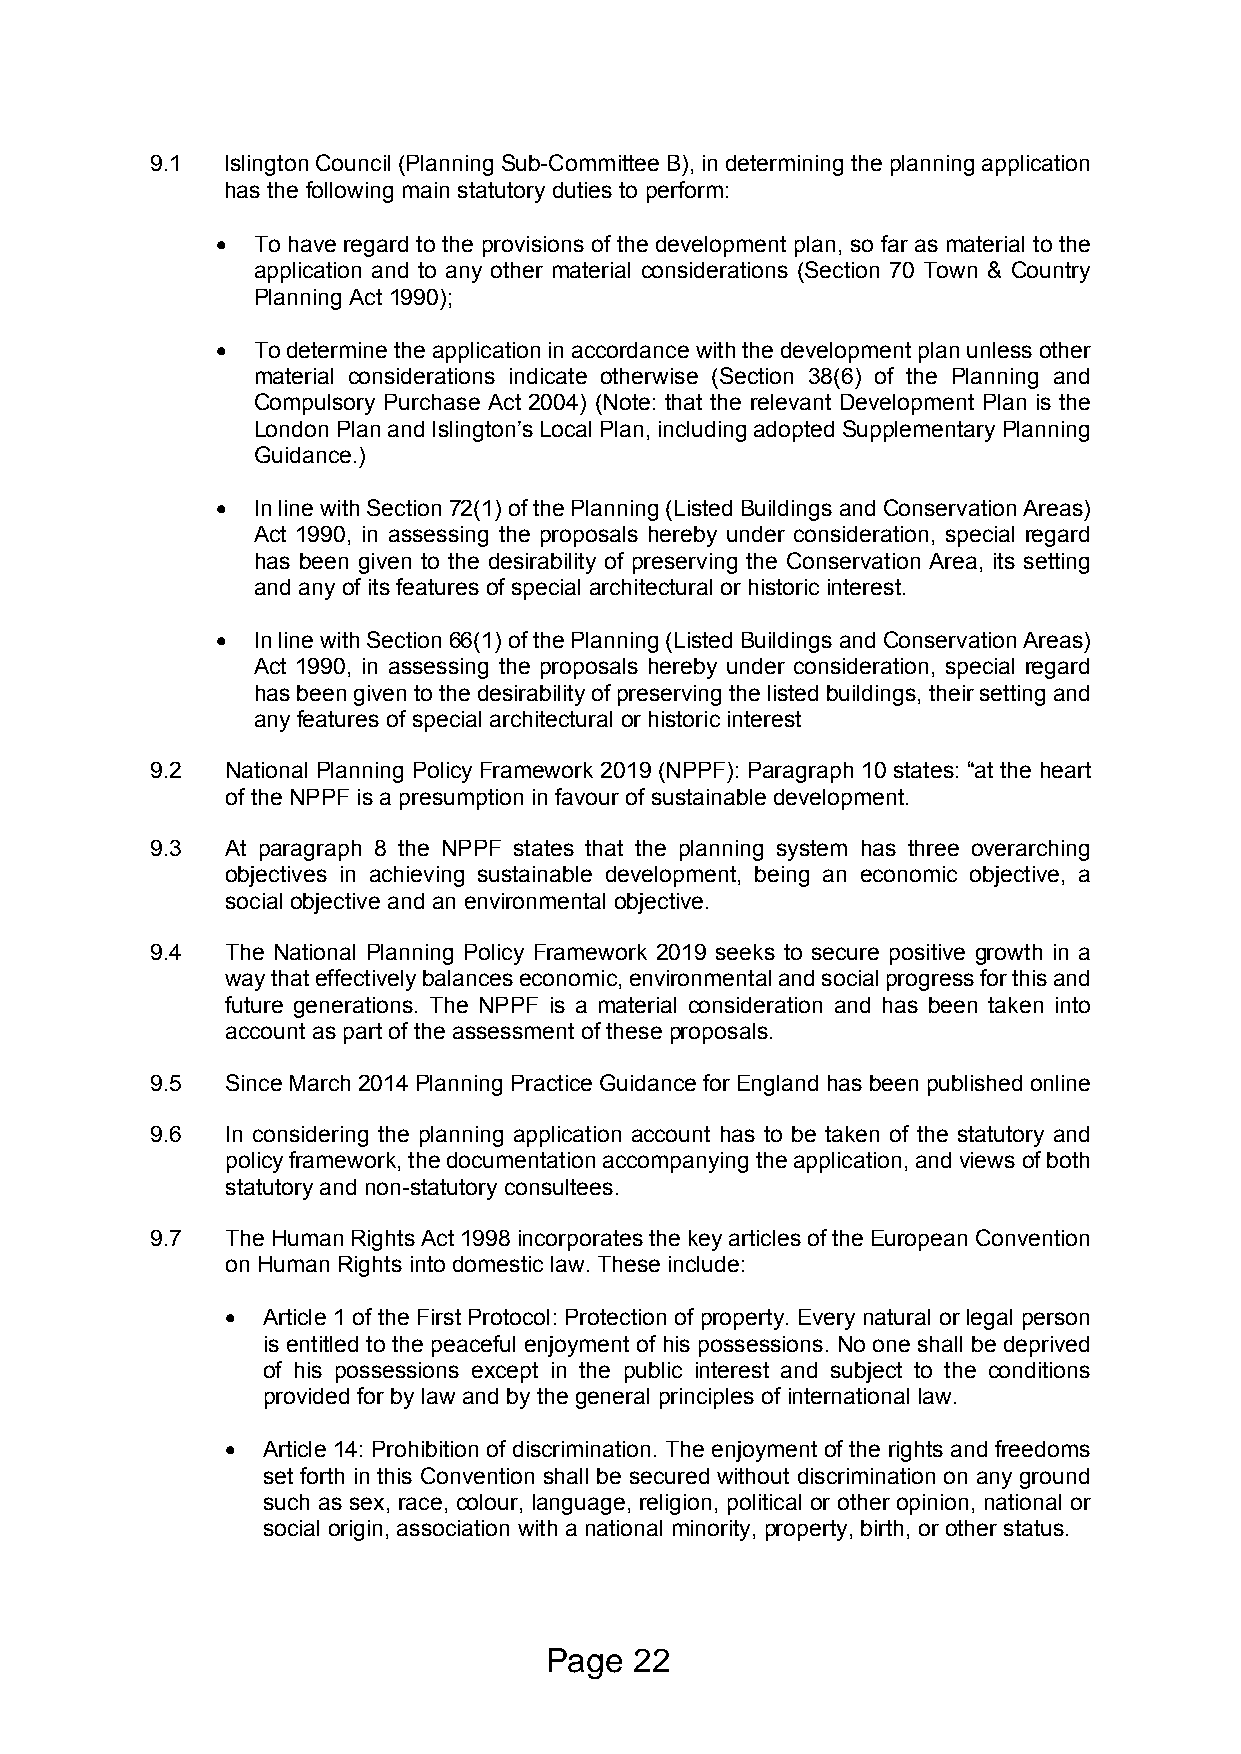
9.1  Islington Council (Planning Sub-Committee B), in determining the planning application
 has the following main statutory duties to perform:
   To have regard to the provisions of the development plan, so far as material to the
 application and to any other material considerations (Section 70 Town & Country
 Planning Act 1990);
   To determine the application in accordance with the development plan unless other
 material considerations indicate otherwise (Section 38(6) of the Planning and
 Compulsory Purchase Act 2004) (Note: that the relevant Development Plan is the
 London Plan and Islington’s Local Plan, including adopted Supplementary Planning
 Guidance.)
   In line with Section 72(1) of the Planning (Listed Buildings and Conservation Areas)
 Act 1990, in assessing the proposals hereby under consideration, special regard
 has been given to the desirability of preserving the Conservation Area, its setting
 and any of its features of special architectural or historic interest.
   In line with Section 66(1) of the Planning (Listed Buildings and Conservation Areas)
 Act 1990, in assessing the proposals hereby under consideration, special regard
 has been given to the desirability of preserving the listed buildings, their setting and
 any features of special architectural or historic interest
 9.2  National Planning Policy Framework 2019 (NPPF): Paragraph 10 states: “at the heart
 of the NPPF is a presumption in favour of sustainable development.
 9.3  At paragraph 8 the NPPF states that the planning system has three overarching
 objectives in achieving sustainable development, being an economic objective, a
 social objective and an environmental objective.
 9.4  The National Planning Policy Framework 2019 seeks to secure positive growth in a
 way that effectively balances economic, environmental and social progress for this and
 future generations. The NPPF is a material consideration and has been taken into
 account as part of the assessment of these proposals.
 9.5  Since March 2014 Planning Practice Guidance for England has been published online
 9.6  In considering the planning application account has to be taken of the statutory and
 policy framework, the documentation accompanying the application, and views of both
 statutory and non-statutory consultees.
 9.7  The Human Rights Act 1998 incorporates the key articles of the European Convention
 on Human Rights into domestic law. These include:
  Article 1 of the First Protocol: Protection of property. Every natural or legal person
 is entitled to the peaceful enjoyment of his possessions. No one shall be deprived
 of his possessions except in the public interest and subject to the conditions
 provided for by law and by the general principles of international law.
  Article 14: Prohibition of discrimination. The enjoyment of the rights and freedoms
 set forth in this Convention shall be secured without discrimination on any ground
 such as sex, race, colour, language, religion, political or other opinion, national or
 social origin, association with a national minority, property, birth, or other status.
 Page  22